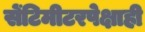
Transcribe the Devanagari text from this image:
सेंटिमीटरपेक्षाही